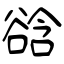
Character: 谽